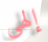
إلهي